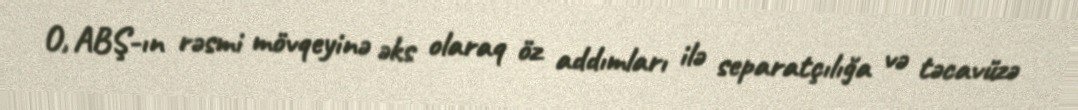
O, ABŞ-ın rəsmi mövqeyinə əks olaraq öz addımları ilə separatçılığa və təcavüzə